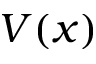
V ( x )